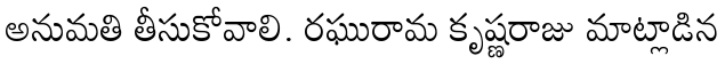
అనుమతి తీసుకోవాలి. రఘురామ కృష్ణరాజు మాట్లాడిన